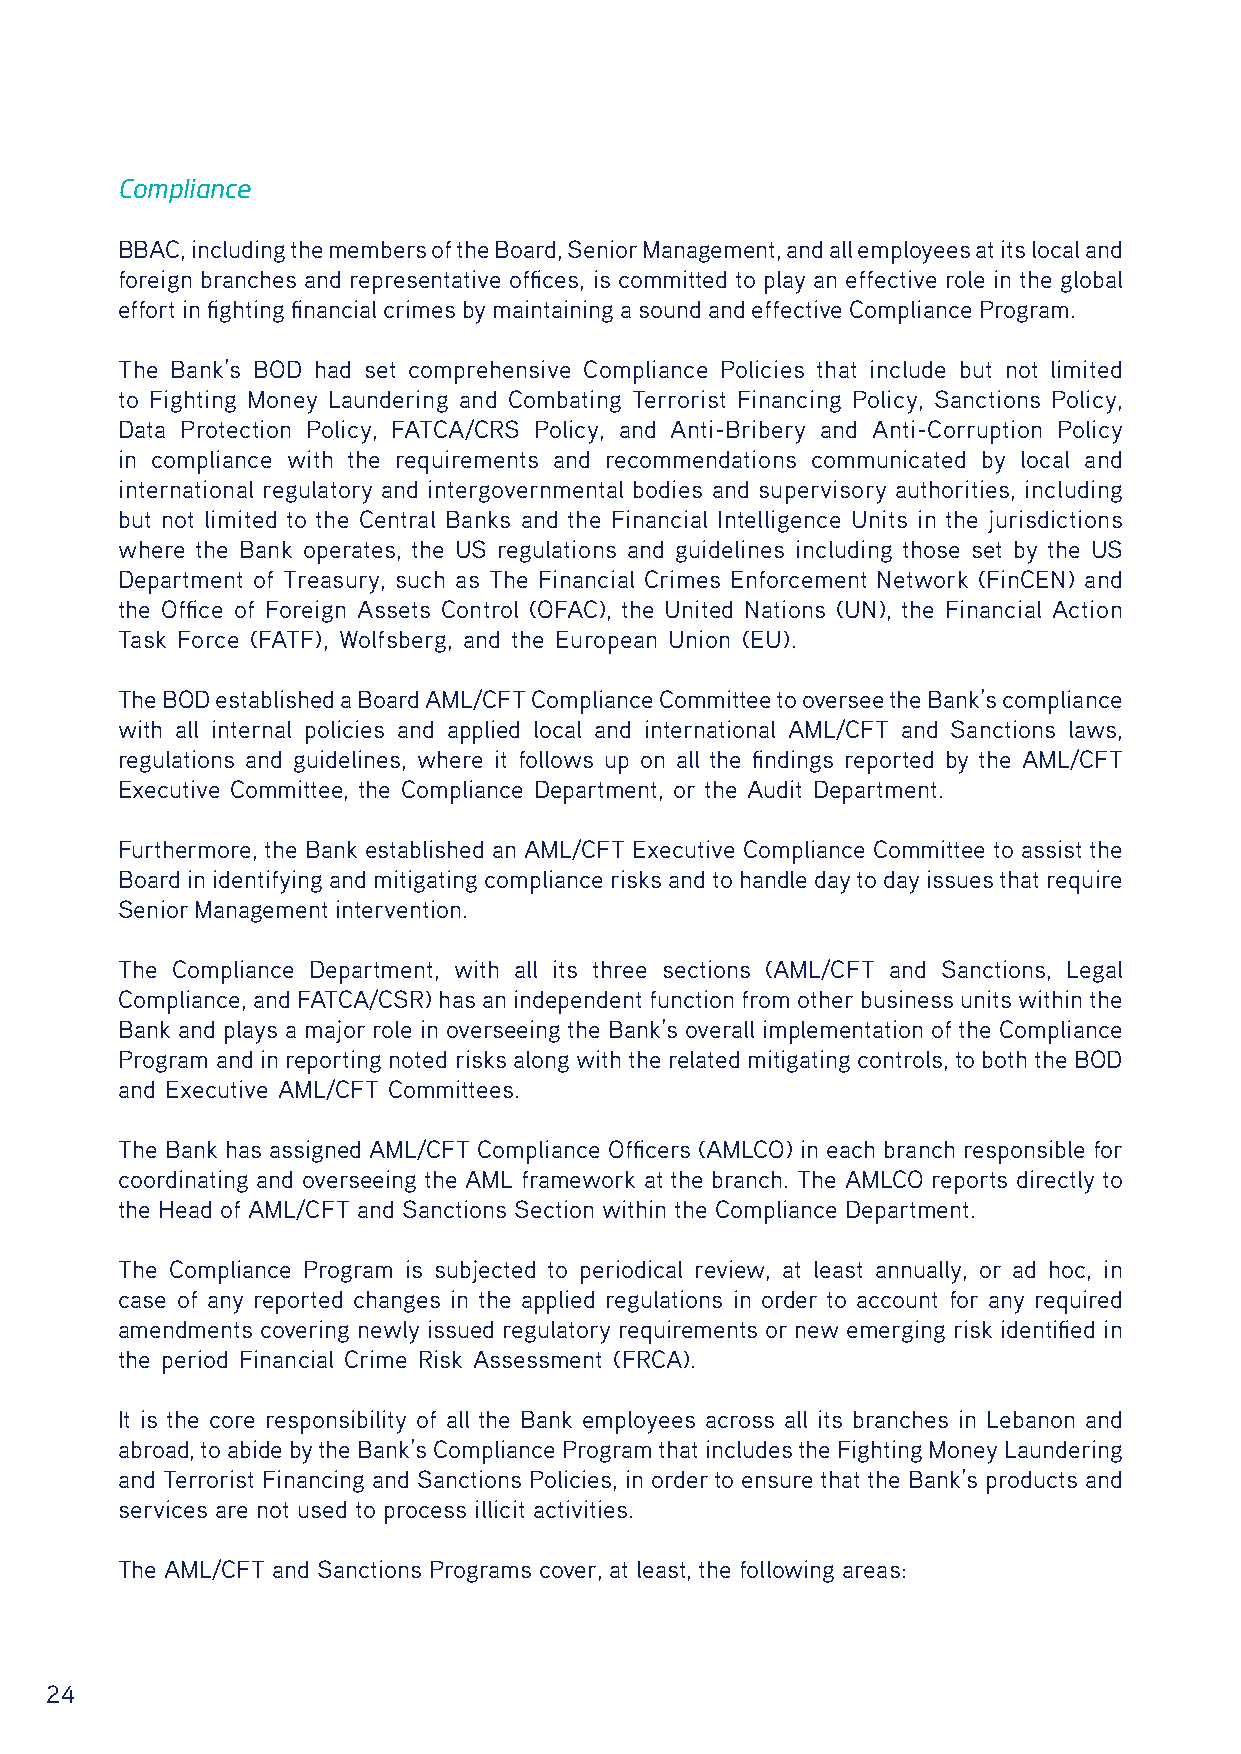
Compliance
 BBAC, including the members of the Board, Senior Management, and all employees at its local and
 foreign branches and representative offices, is committed to play an effective role in the global
 effort in fighting financial crimes by maintaining a sound and effective Compliance Program.
 The Bank’s BOD had set comprehensive Compliance Policies that include but not limited
 to Fighting Money Laundering and Combating Terrorist Financing Policy, Sanctions Policy,
 Data Protection Policy, FATCA/CRS Policy, and Anti-Bribery and Anti-Corruption Policy
 in compliance with the requirements and recommendations communicated by local and
 international regulatory and intergovernmental bodies and supervisory authorities, including
 but not limited to the Central Banks and the Financial Intelligence Units in the jurisdictions
 where the Bank operates, the US regulations and guidelines including those set by the US
 Department of Treasury, such as The Financial Crimes Enforcement Network (FinCEN) and
 the Office of Foreign Assets Control (OFAC), the United Nations (UN), the Financial Action
 Task Force (FATF), Wolfsberg, and the European Union (EU).
 The BOD established a Board AML/CFT Compliance Committee to oversee the Bank’s compliance
 with all internal policies and applied local and international AML/CFT and Sanctions laws,
 regulations and guidelines, where it follows up on all the findings reported by the AML/CFT
 Executive Committee, the Compliance Department, or the Audit Department.
 Furthermore, the Bank established an AML/CFT Executive Compliance Committee to assist the
 Board in identifying and mitigating compliance risks and to handle day to day issues that require
 Senior Management intervention.
 The Compliance Department, with all its three sections (AML/CFT and Sanctions, Legal
 Compliance, and FATCA/CSR) has an independent function from other business units within the
 Bank and plays a major role in overseeing the Bank’s overall implementation of the Compliance
 Program and in reporting noted risks along with the related mitigating controls, to both the BOD
 and Executive AML/CFT Committees.
 The Bank has assigned AML/CFT Compliance Officers (AMLCO) in each branch responsible for
 coordinating and overseeing the AML framework at the branch. The AMLCO reports directly to
 the Head of AML/CFT and Sanctions Section within the Compliance Department.
 The Compliance Program is subjected to periodical review, at least annually, or ad hoc, in
 case of any reported changes in the applied regulations in order to account for any required
 amendments covering newly issued regulatory requirements or new emerging risk identified in
 the period Financial Crime Risk Assessment (FRCA).
 It is the core responsibility of all the Bank employees across all its branches in Lebanon and
 abroad, to abide by the Bank’s Compliance Program that includes the Fighting Money Laundering
 and Terrorist Financing and Sanctions Policies, in order to ensure that the Bank’s products and
 services are not used to process illicit activities.
 The AML/CFT and Sanctions Programs cover, at least, the following areas:
 24